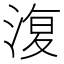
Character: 𣸪